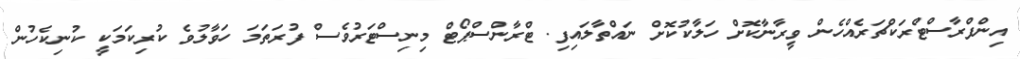
އިންފްރާސްޓްރަކްޗަރެއްހެން ވީރާނާކޮށް ހަލާކުކޮށް ނައްތާލައިފި. ޓްރާންސްޕޯޓް މިނިސްޓަރުވެސް ފުރަތަމަ ހަވާލުވެ ކުރިކަމަކީ ކުނިކެހުން